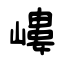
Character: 嶁